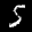
Label: 5